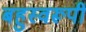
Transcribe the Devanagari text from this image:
बहुस्वरूपी